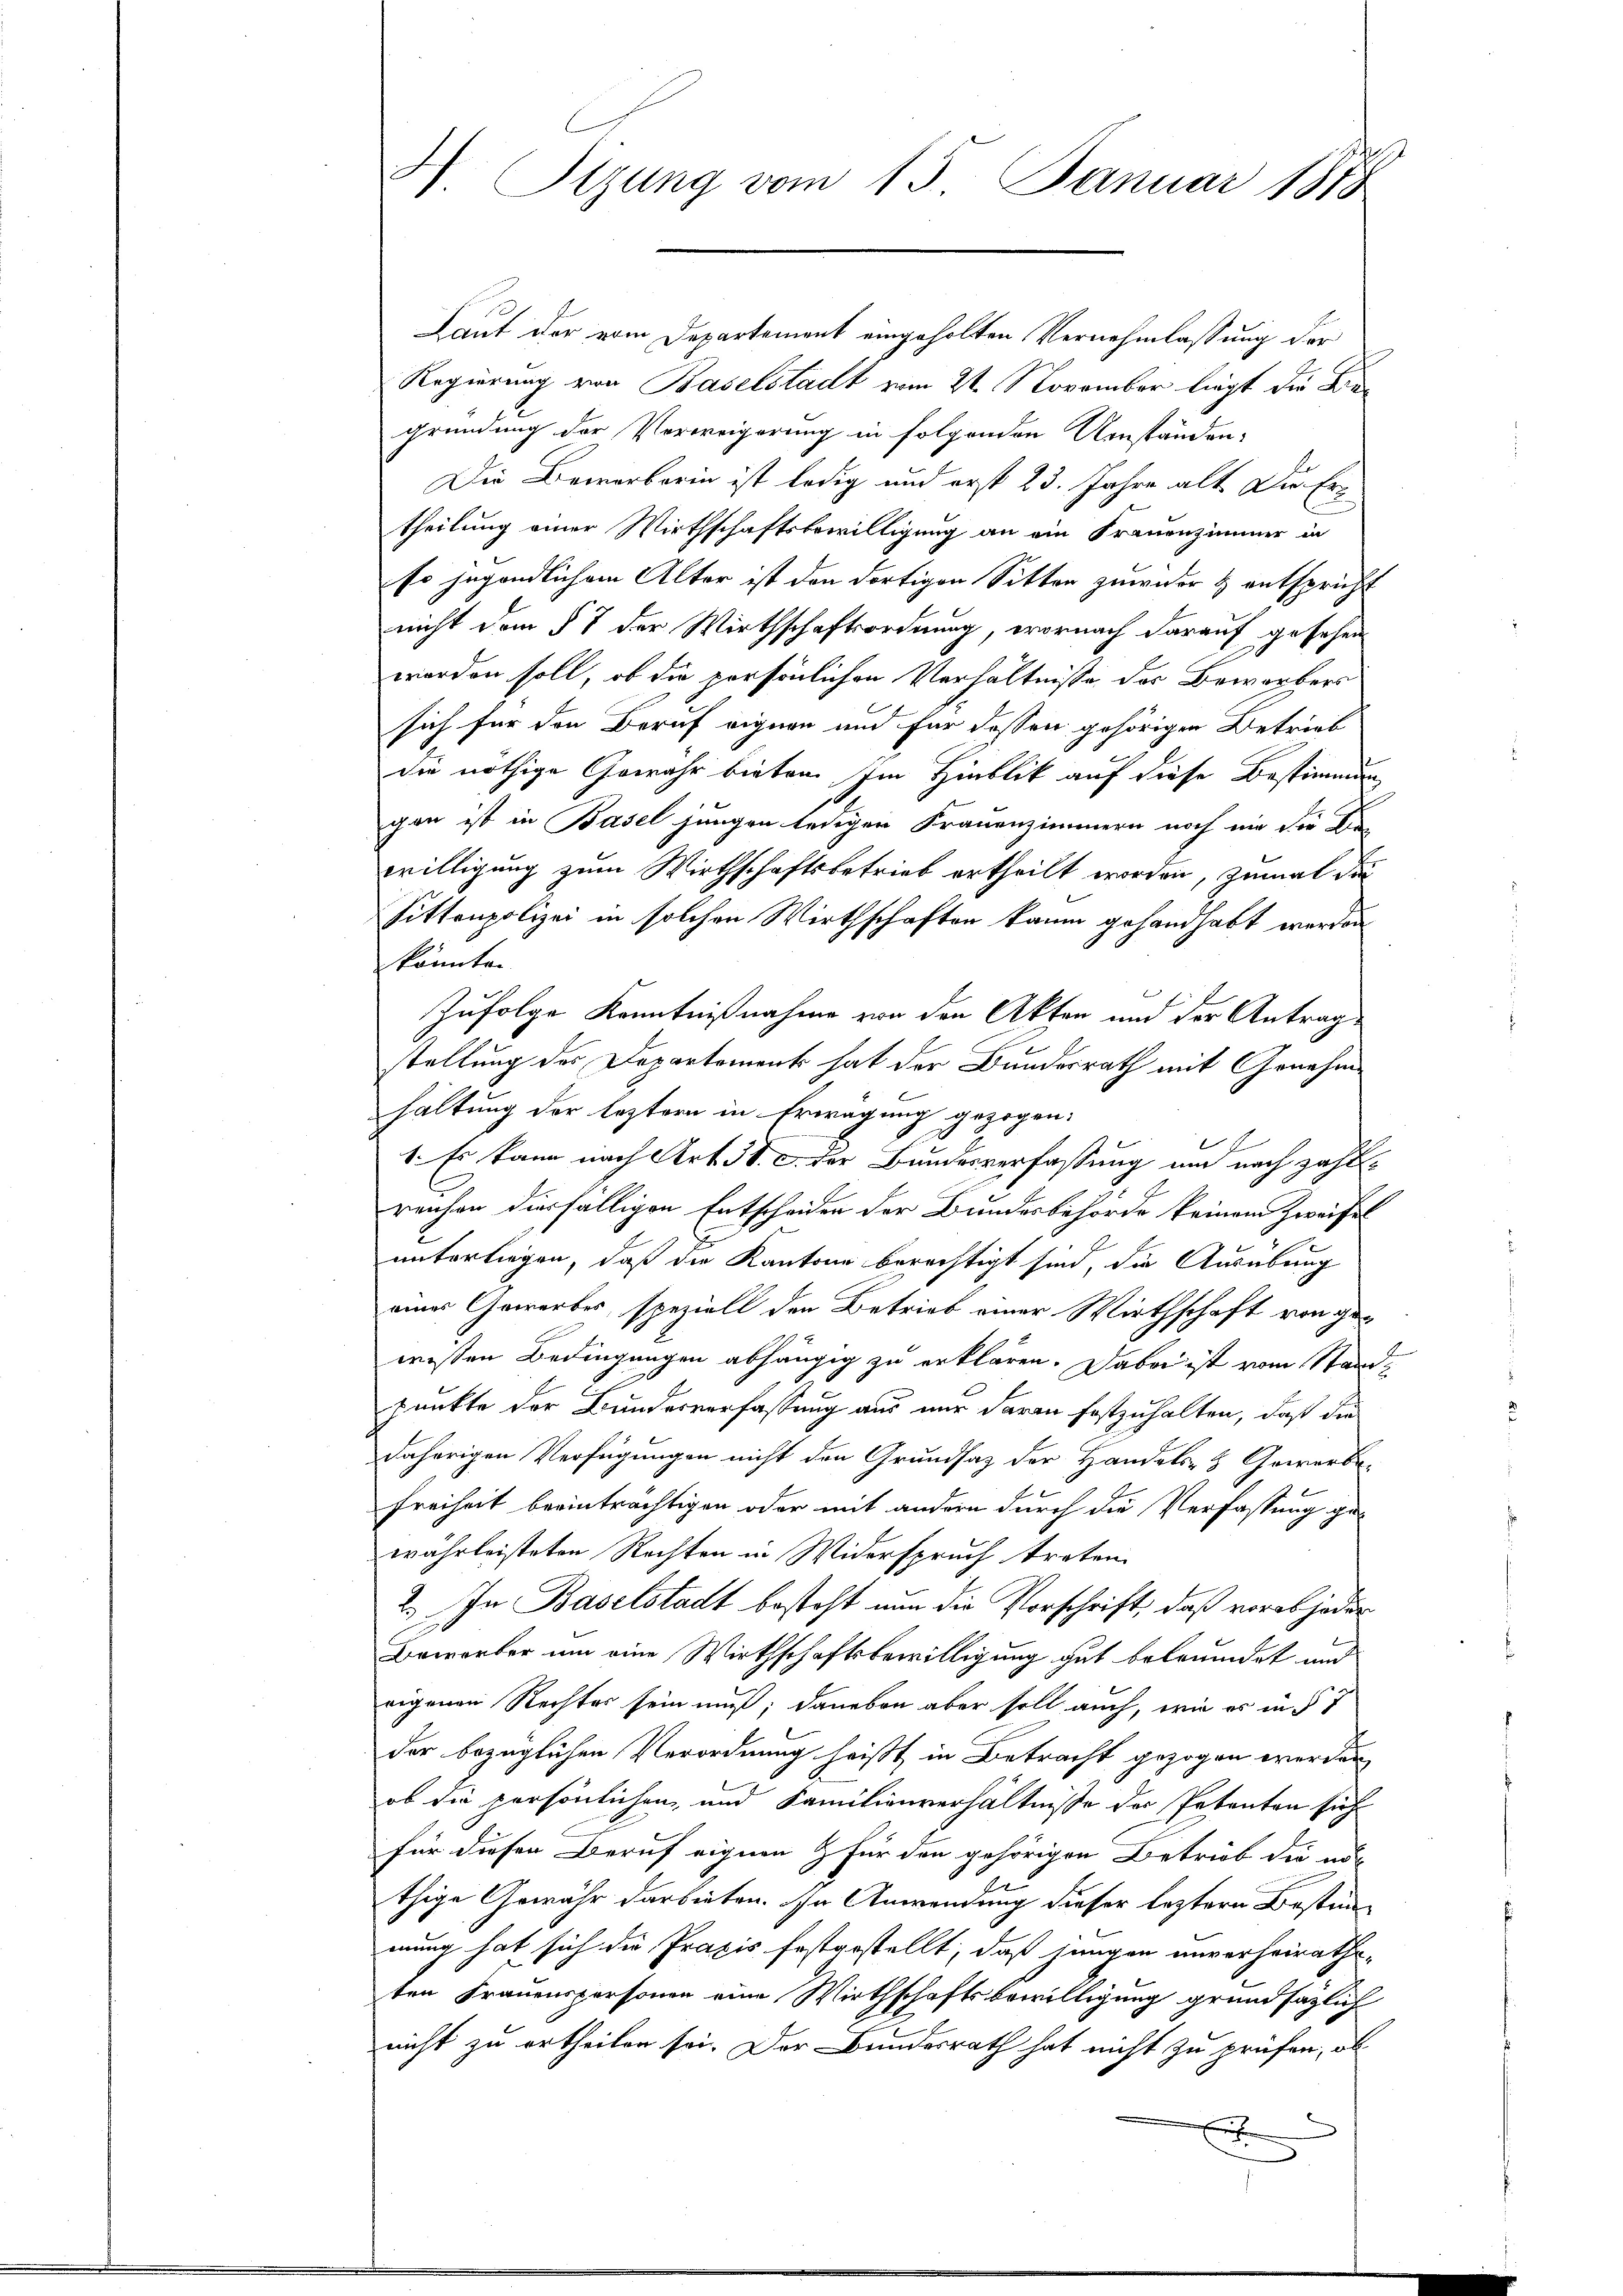
Laut der vom Departement eingeholten Vernehmlassung der
Regierung von Baselstadt vom 21. November liegt die Kregründung der Verweigerung in folgenden Umständen-
Die Bewerberin ist ledig und erst 23. Jahre alt Die Ertheilung einer Wirthschaftsbewilligung an ein Frauenzimmer in
so jegendlichem Alter ist den dortigen Sitten zuwider & entspricht
nicht dem § 7 der Wirthschaftsordnung, wornach darauf gesehen
worden soll, ob die persönlichen Verhältnisse der Bewerbers
sich für den Beruf eignen und für dessen gehörigen Betrieb
die nöthige Gewahr bieten. Im Hinblik auf diese Bestimmung
gan ist in Basel jungen ledigen Frauenzimmern noch nie die De-
willigung zum Wirthschaftsbetrieb ertheilt worden, zumal die
Sittenpolizei in solchen Wirthschaften kaum gehandhabt werden
könnte.
Zufolge Kenntnißnahme von den Akten und der Antrag
stellung des Departement hat der Bundesrath mit Genehmhaltung der leztern in Erwägung gezogen:
E
1. Es kann nach Art. 38. c. der Bundesverfassung um nach zahlreichen diesfälligen Entscheiden der Bundesbehörde keinem Zweifel
unterliegen, daß die Kantone berechtigt sind, die Ausübung
eines Gewerbes, speziell den Betrieb einer Wirthschaft von gewissen Bedingungen abhängig zu erklären. Dabei ist vom Standpunkte der Bundesverfassung aus nur daran festzuhalten, daß die
daherigen Verfügungen nicht den Grundsatz der Handels- & Gewerbe-

Freiheit beeinträchtigen oder mit andern durch die Verfassung ge-
währleisteten Rechten in Widerspruch treten.
2.) In Baselstadt besteht nun die Vorschrift, daß vorab jeder
Bewerber um eine Wirthschaftsbewilligung gut betreidet und
eigenen Rechtes sein muß; daneben aber soll auch, wie es in § 7
der bezüglichen Verordnung heißt in Betracht gezogen werden,
ob die persönlichen, und Familienverhältnisse der Petenten sich
für diesen Beruf eignen & für den gehörigen Betrieb die nu
thige Gewähr darbieten. In Anwendung dieser leztern Bestimm-
mung hat sich die Praxis festgestellt, daß jungen unverheirathe-
ten Frauenspersonen eine Wirthschaftsbewilligung grundsaglich
nicht zu ertheilen sei. Der Bundesrath hat nicht zu prüfen, ob
e

3) Sitzung vom 15. Januar 1878